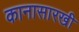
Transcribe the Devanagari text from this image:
कानासारखी